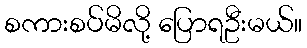
စကားစပ်မိလို့ ပြောရဦးမယ်။